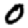
Digit: 0